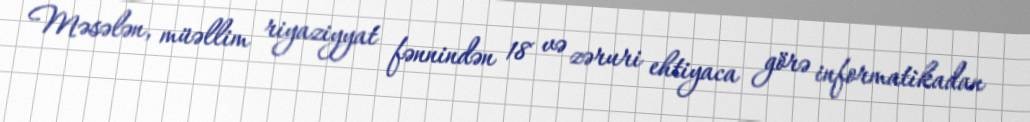
Məsələn, müəllim riyaziyyat fənnindən 18 və zəruri ehtiyaca görə informatikadan